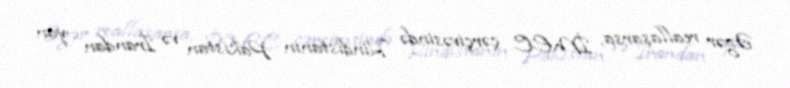
Əgər reallaşarsa, İMEC çərçivəsində Hindistanın Pakistan və İrandan yan